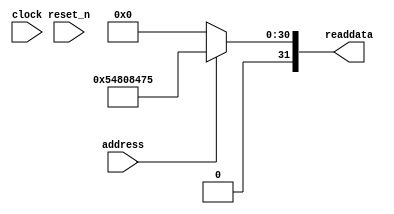
module SoC_sysid_qsys_0_1 (
                address,
                clock,
                reset_n,
                readdata
             )
;
  output  [ 31: 0] readdata;
  input            address;
  input            clock;
  input            reset_n;
  wire    [ 31: 0] readdata;
  assign readdata = address ? 1417708661 : 0;
endmodule